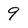
Character: 9